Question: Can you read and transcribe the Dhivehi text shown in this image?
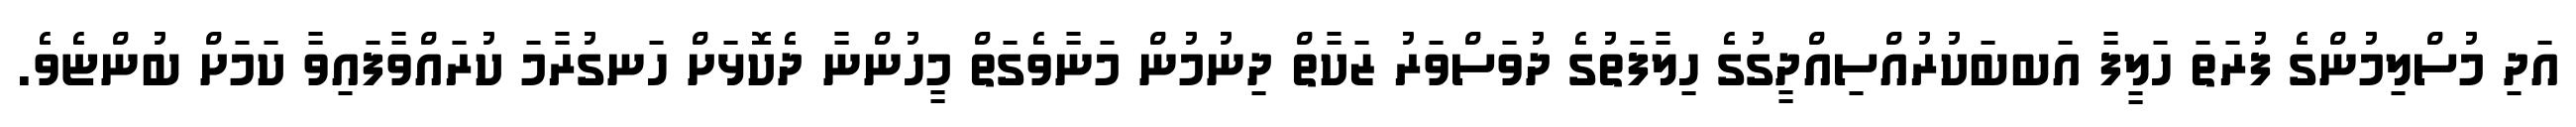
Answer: އަދި މުސްލިމުންގެ ފުރަތަ ހަލީފާ އަބބަކުރުއްސިއްދީގުގެ ހިލާފަތުގެ ދުވަސްވަރު ޒަކާތް ދިނުމުން މަނާވެގަތް މީހުންނާ ދެކޮޅަށް ހަނގުރާމަ ކުރައްވާފައިވާ ކަމަށް ބުންޏެވެ.